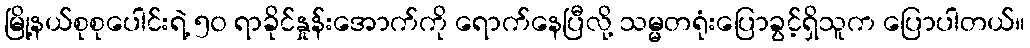
မြို့နယ်စုစုပေါင်းရဲ့ ၅၀ ရာခိုင်နှုန်းအောက်ကို ရောက်နေပြီလို့ သမ္မတရုံးပြောခွင့်ရှိသူက ပြောပါတယ်။